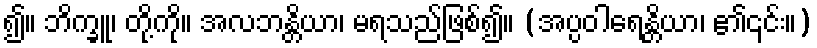
၍။ ဘိက္ခူ၊ တို့ကို။ အလဘန္တိယာ၊ မရသည်ဖြစ်၍။ (အပ္ပဝါရေန္တိယာ၊ ၏၎င်း။)